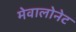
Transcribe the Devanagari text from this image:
मेवालोनेट